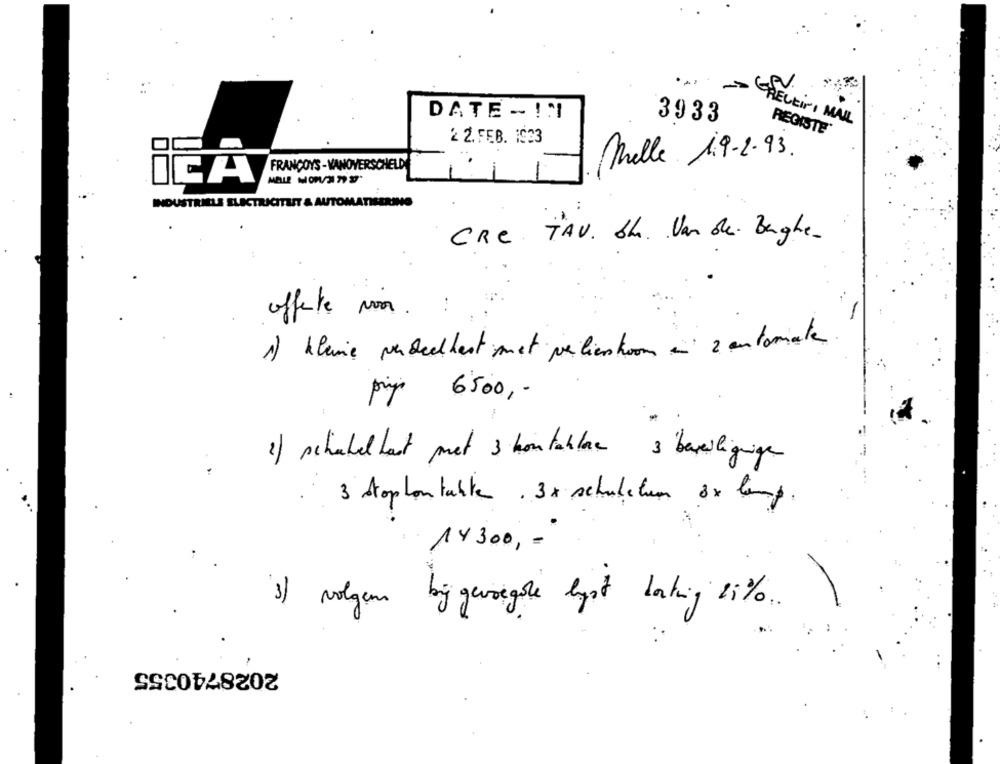
DATE - ! N
3933
RECEINI MALL
REGISTE
2 2. FEB. 1933
Melle 19-2-93.
FRANCOYS -VANOVERSCHELD
INDUSTRIELS ELECTRICITEIT & AUTOMATISERING
CRE T'AV. bh. Van de. Baghe.
offerte voor.
1) kleine verbeekbest met verliestoom a 2 automate .
pip 6500, -
1) schakelkast met 3 kontablue 3 bariligningen
3 Stoptontabte . 3x schubchen 8x lamp.
14300, -
3) volgens big gevongole lyst Laking 2% ....
2028740355